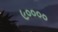
૯૦૦૦૦